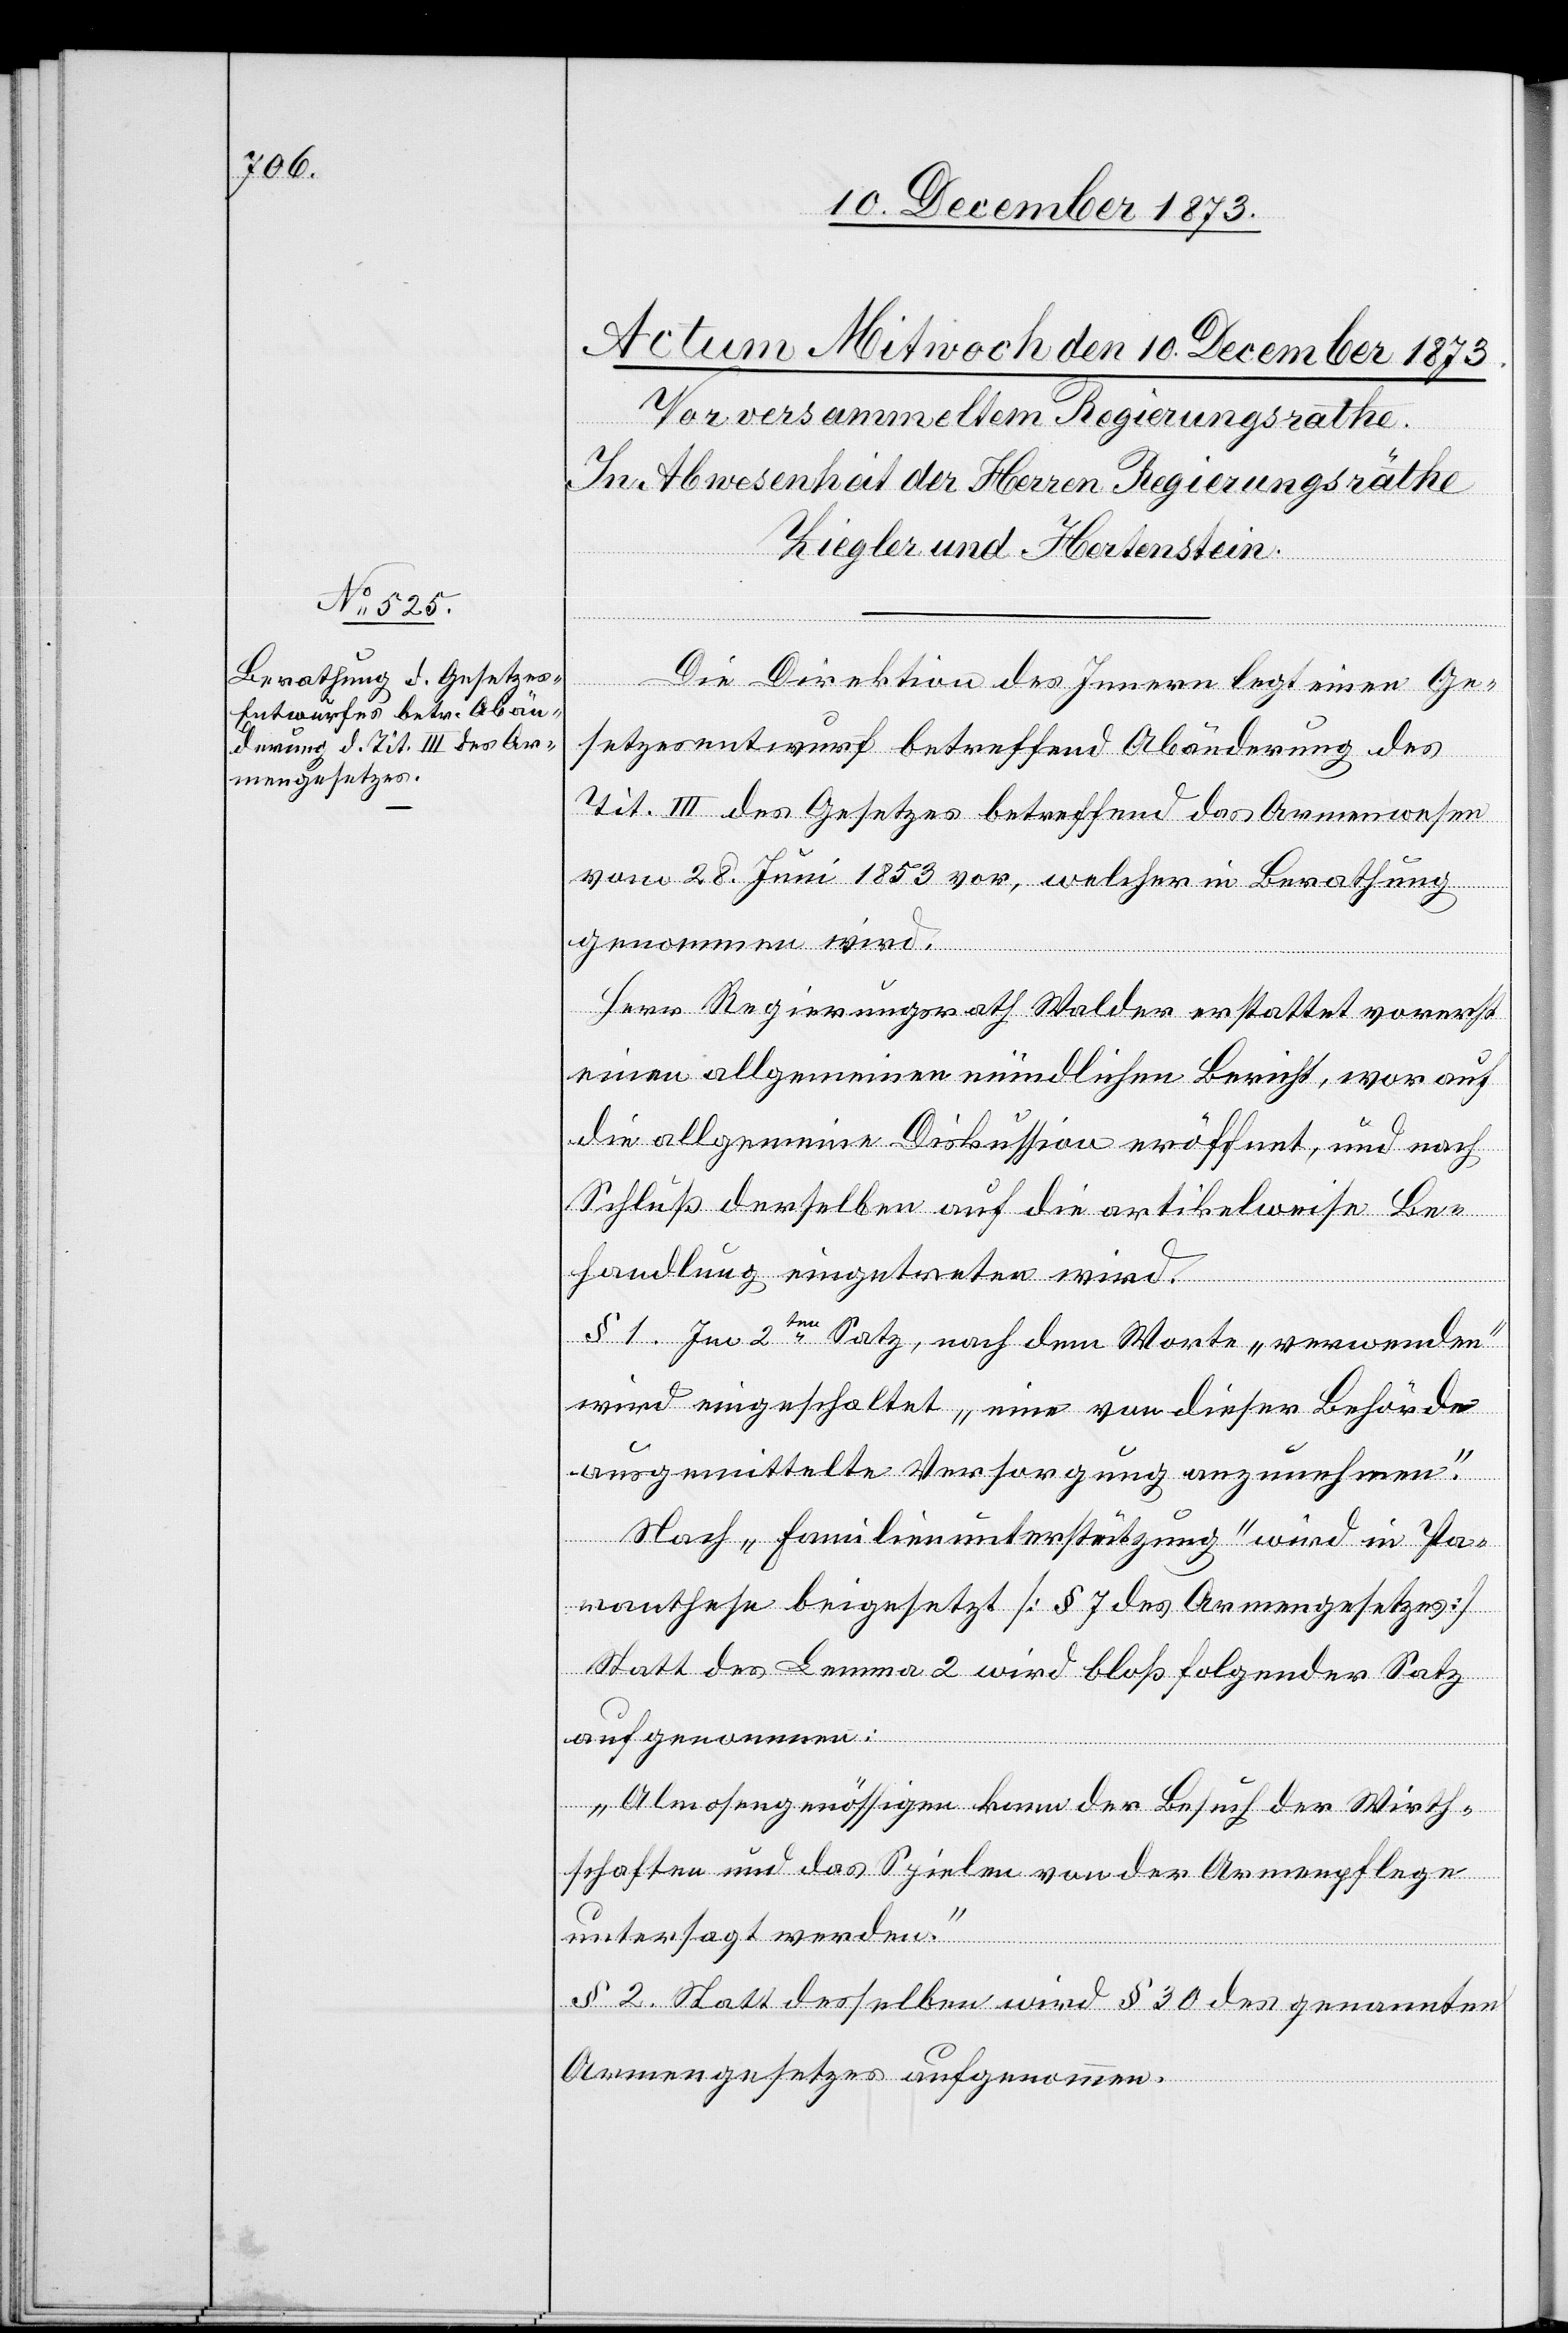
Die Direktion des Innern legt einen Ge¬
setzesentwurf betreffend Abänderung des
Tit. III des Gesetzes betreffend das Armenwesen
vom 28. Juni 1853 vor, welcher in Berathung
genommen wird.
Herr Regierungsrath Walder erstattet vorerst
einen allgemeinen mündlichen Bericht, worauf
die allgemeine Diskussion eröffnet, und nach
Schluß derselben auf die artikelweise Be¬
handlung eingetreten wird.
§ 1. Im 2ten Satz, nach dem Worte „verwenden“
wird eingeschaltet „eine von dieser Behörde
ausgemittelte Versorgung anzunehmen“.
Nach „Familienunterstützung“ wird in Pa¬
ranthese beigesetzt [§ 7 des Armengesetzes]
Statt des Lemma 2 wird bloß folgender Satz
aufgenommen:
„Almosengenössigen kann der Besuch der Wirth¬
schaften und das Spielen von der Armenpflege
untersagt werden.“
§ 2. Statt desselben wird § 30 des genannten
Armengesetzes aufgenommen.